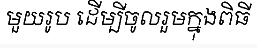
មួយរូប ដើម្បីចូលរួមក្នុងពិធី